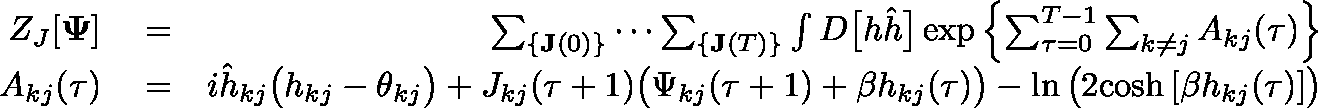
\begin{array} { r l r } { Z _ { J } [ \mathbf { \Psi } ] } & { { } = } & { \sum _ { \{ \mathbf { J } ( 0 ) \} } \cdots \sum _ { \{ \mathbf { J } ( T ) \} } \int D \big [ h \hat { h } \big ] \exp \left\{ \sum _ { \tau = 0 } ^ { T - 1 } \sum _ { k \neq j } A _ { k j } ( \tau ) \right\} } \\ { A _ { k j } ( \tau ) } & { { } = } & { i \hat { h } _ { k j } \big ( h _ { k j } - \theta _ { k j } \big ) + J _ { k j } ( \tau + 1 ) \big ( \Psi _ { k j } ( \tau + 1 ) + \beta h _ { k j } ( \tau ) \big ) - \ln \big ( 2 \mathrm { c o s h } \, [ \beta h _ { k j } ( \tau ) ] \big ) } \end{array}